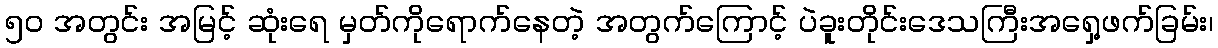
၅၀ အတွင်း အမြင့် ဆုံးရေ မှတ်ကိုရောက်နေတဲ့ အတွက်ကြောင့် ပဲခူးတိုင်းဒေသကြီးအရှေ့ဖက်ခြမ်း၊